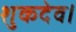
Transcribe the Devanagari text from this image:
शुकदेव।